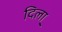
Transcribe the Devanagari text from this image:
दिला़